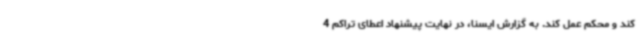
کند و محکم عمل کند. به گزارش ایسنا، در نهایت پیشنهاد اعطای تراکم 4